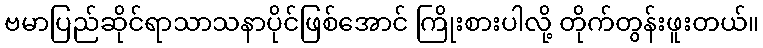
ဗမာပြည်ဆိုင်ရာသာသနာပိုင်ဖြစ်အောင် ကြိုးစားပါလို့ တိုက်တွန်းဖူးတယ်။